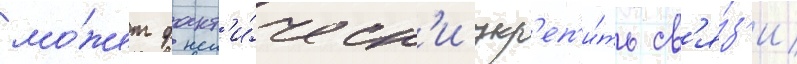
мо́жет факт'и́ческ'и укр'еп'и́ть св'я́з'и